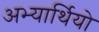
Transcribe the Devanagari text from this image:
अभ्यार्थियो